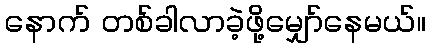
နောက် တစ်ခါလာခဲ့ဖို့မျှော်နေမယ်။